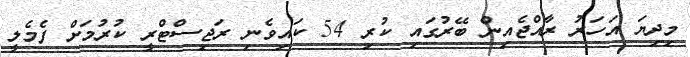
މިދިޔަ އަހަރު ރާއްޖެއިން ބޭރުގައި ކުރި 54 ކައިވެނި ރަޖިސްޓްރީ ކުރުމަށް ފެމެލީ